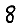
Digit: 8